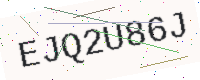
Text: EJQ2U86J